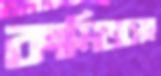
কামিজসহ